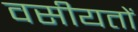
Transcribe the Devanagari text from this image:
वसीयतों